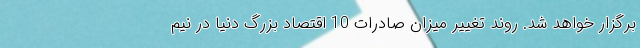
برگزار خواهد شد. روند تغییر میزان صادرات 10 اقتصاد بزرگ دنیا در نیم